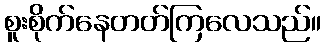
စူးစိုက်နေတတ်ကြလေသည်။